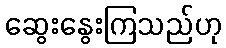
ဆွေးနွေးကြသည်ဟု